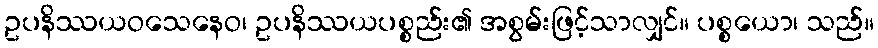
ဥပနိဿယဝသေနေဝ၊ ဥပနိဿယပစ္စည်း၏ အစွမ်းဖြင့်သာလျှင်။ ပစ္စယော၊ သည်။